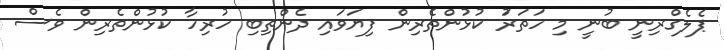
ޕެލެގްރިނީ ބުނީ މި ހަތަރަު ކުޅުންތެރިން ފިޔަވައި ދެންތިބި ހުރިހާ ކުޅުންތެރިން ވެސް